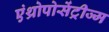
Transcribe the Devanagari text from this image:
एंथ्रोपोसेंट्रीज्म